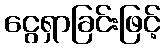
ငွေရှာခြင်းဖြင့်